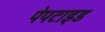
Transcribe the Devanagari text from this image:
पेपटाइड